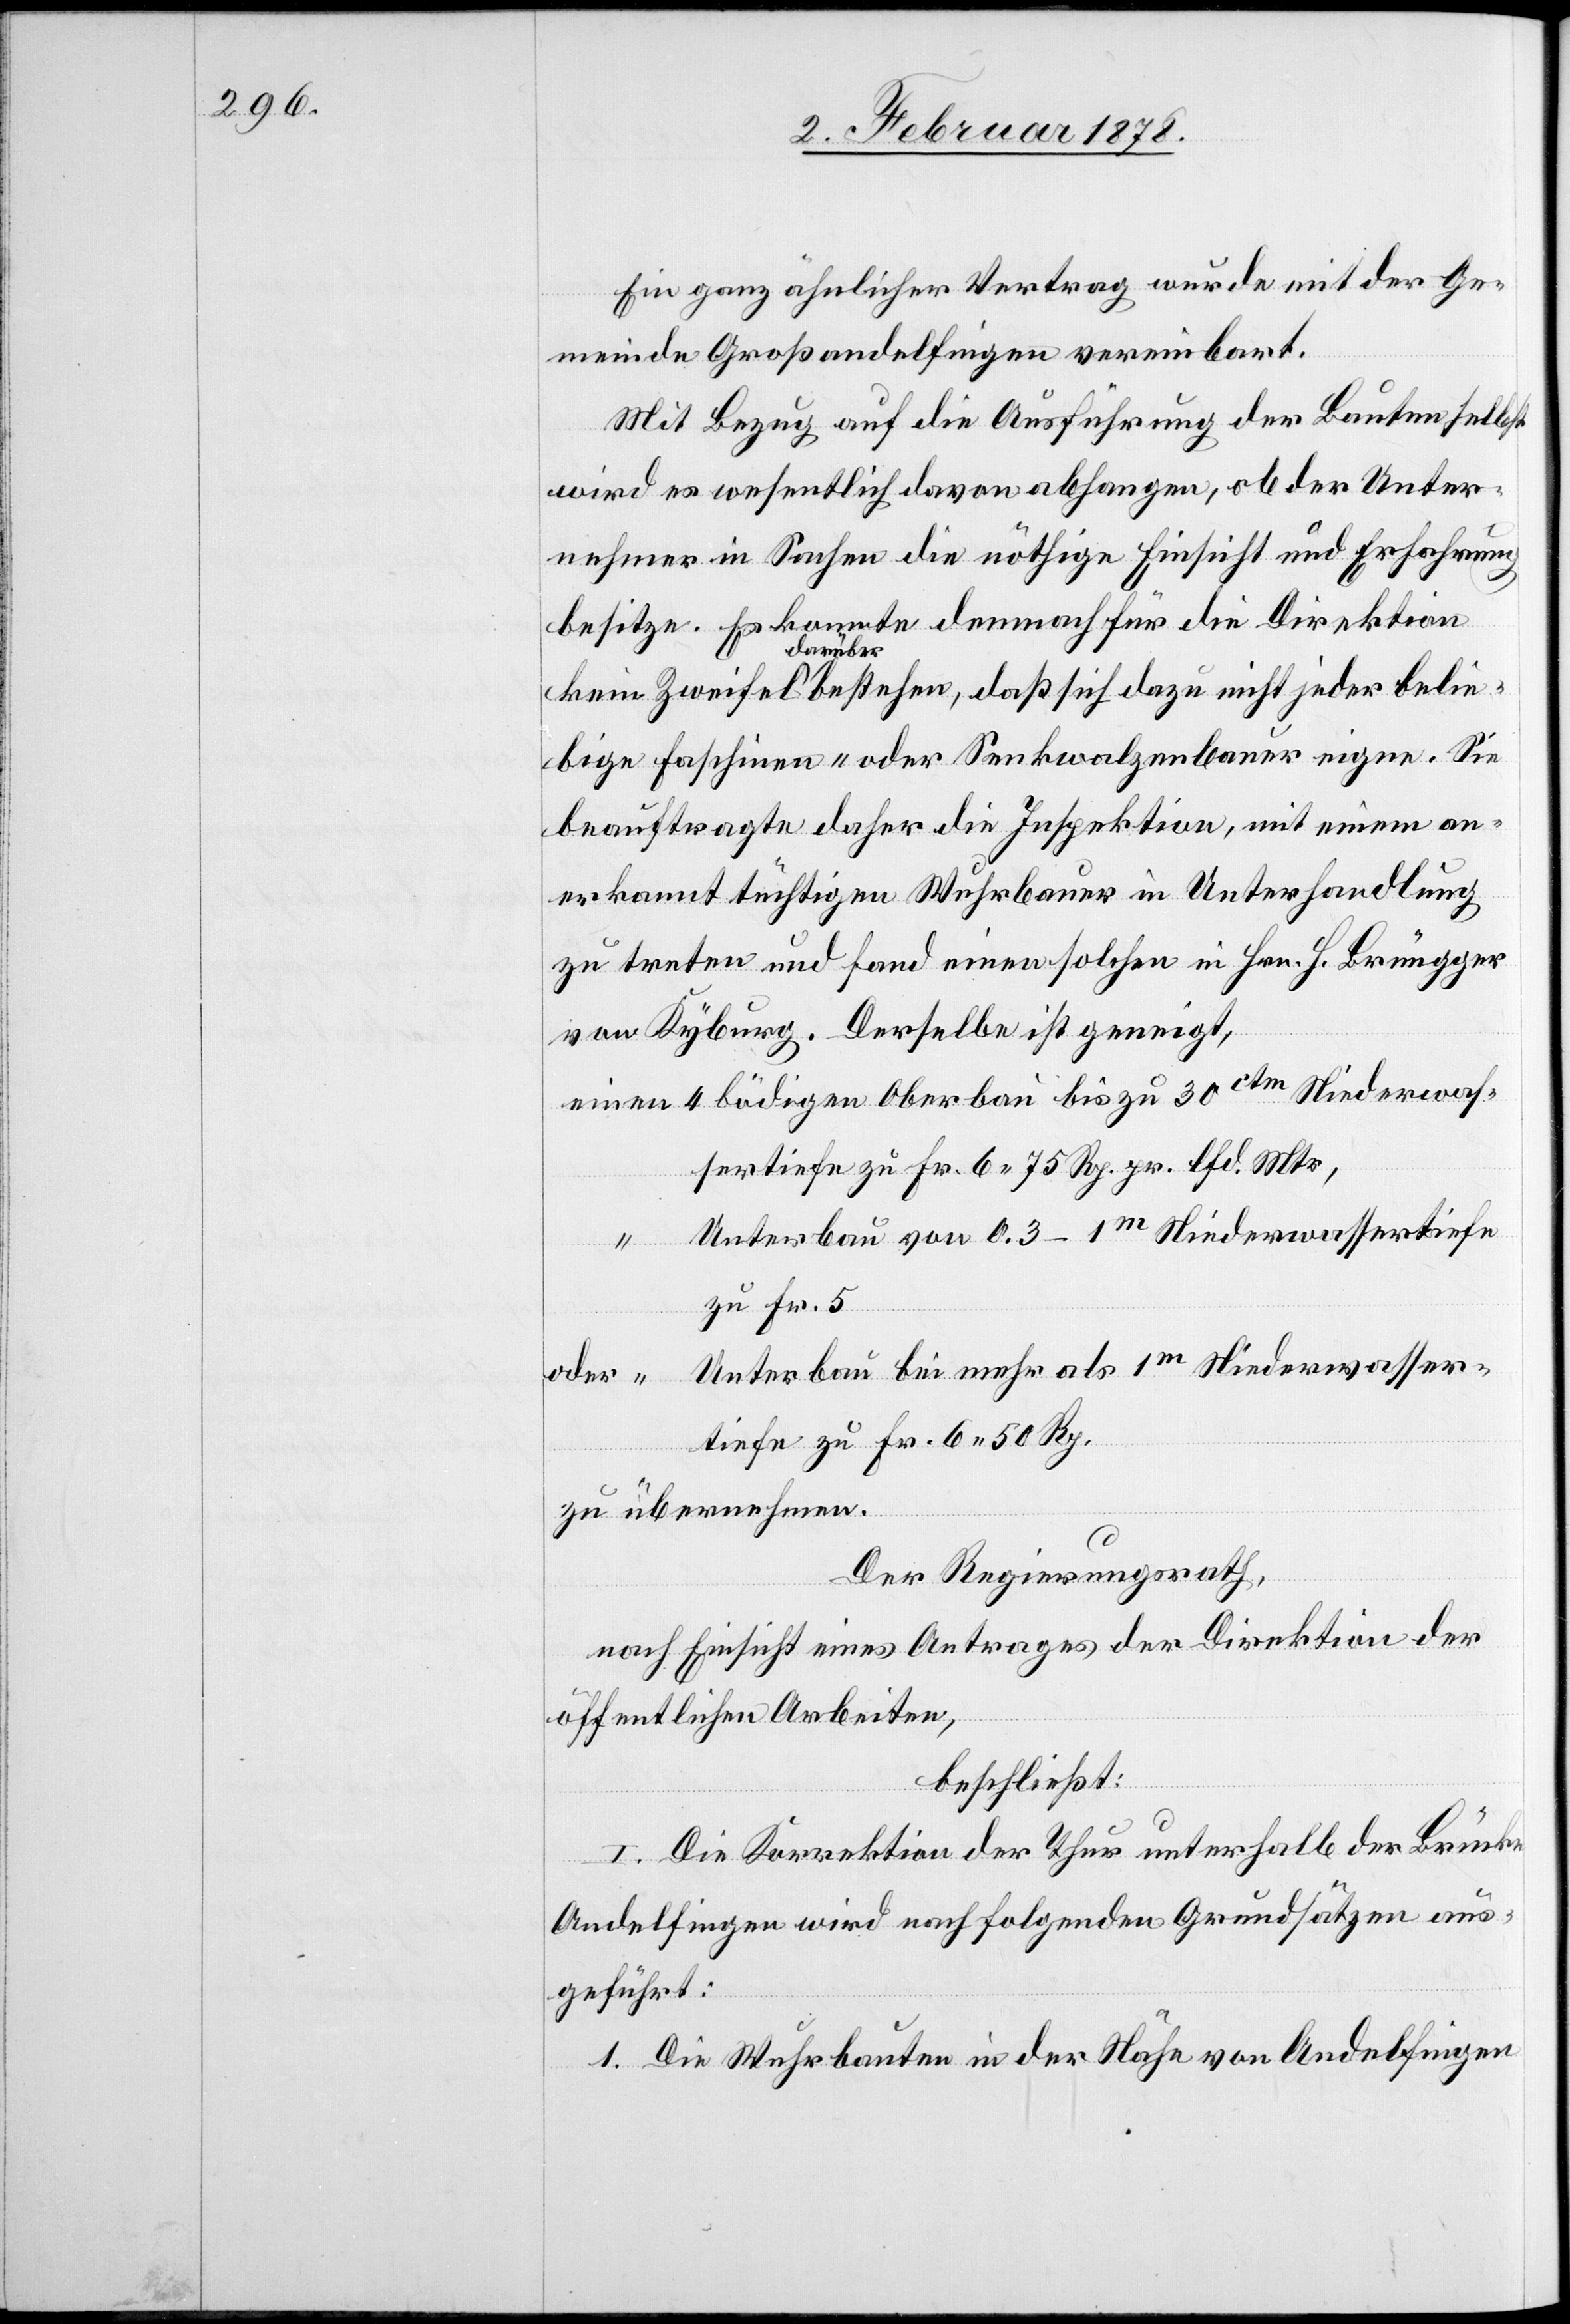
Ein ganz ähnlicher Vertrag wurde mit der Ge¬
meinde Großandelfingen vereinbart.
Mit Bezug auf die Ausführung der Bauten selbst
wird es wesentlich davon abhangen, ob der Unter¬
nehmer in Sachen die nöthige Einsicht und Erfahrung
besitze. Es konnte demnach für die Direktion
50
iebige Faschinen- oder Senkwalzenbauer eigne. Sie
beauftragte daher die Inspektion, mit einem an¬
erkannt tüchtigen Wuhrbauer in Unterhandlung
zu treten und fand einen solchen in Hrn. H. Brüegger
von Kyburg. Derselbse ist geneigt,
eine 4 bödigen Oberbau bis zu 30ctm Niederwas¬
sertiefe zu Fr. 6. 75 Rp pr. lfd. Mtr.
Unterbau von 0.3–1m Niederwassertiefe
zu Fr. 6.
jeder
Rp.
zu übernehmen.
Der Regierungsrath,
nach Einsicht eines Antrages der Direktion der
öffentlichen Arbeiten,
beschließt:
I. Die Korrektion der Thur unterhalb der Brücke
Andelfingen wird nach folgenden Grundsätzen aus¬
geführt:
1. Die Wuhrbauten in der Nähe von Andelfingen